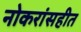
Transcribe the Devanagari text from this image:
नोकरांसहीत